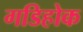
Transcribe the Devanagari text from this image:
गडिहोक